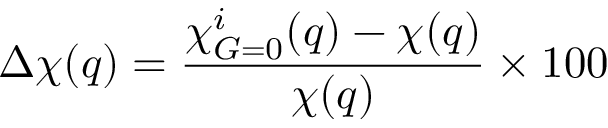
\Delta \chi ( q ) = \frac { \chi _ { G = 0 } ^ { i } ( q ) - \chi ( q ) } { \chi ( q ) } \times 1 0 0 \